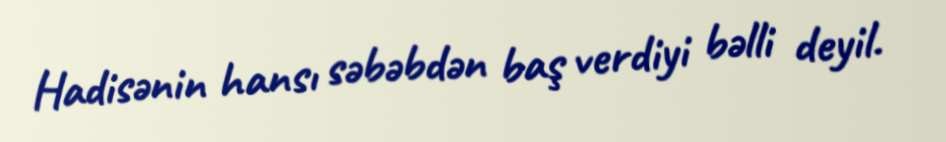
Hadisənin hansı səbəbdən baş verdiyi bəlli deyil.